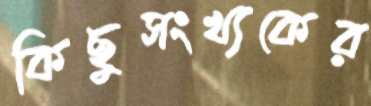
কিছুসংখ্যকের